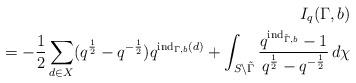
LaTeX: \begin{align*} I_q(\Gamma, b) \\ = -\frac12 \sum_{d\in X} (q^\frac12 - q^{-\frac12})q^{\mathrm{ind}_{\Gamma,b}(d)}+ \int_{S \setminus \tilde \Gamma} \frac{q^{\mathrm{ind}_{\tilde\Gamma,b}}-1}{q^{\frac12} - q^{-\frac12}} \, d\chi\end{align*}